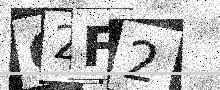
Text: C2F2